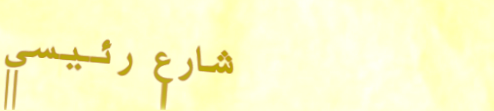
شارع رئيسي